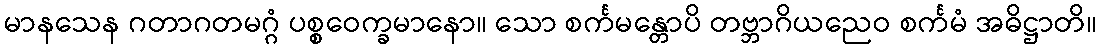
မာနသေန ဂတာဂတမဂ္ဂံ ပစ္စဝေက္ခမာနော။ သော စင်္ကမန္တောပိ တဗ္ဘာဂိယညေဝ စင်္ကမံ အဓိဋ္ဌာတိ။